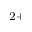
^ { 2 + }